Scientific memoirs by medical officers of the Army of India - Part XII,
Year: 1901
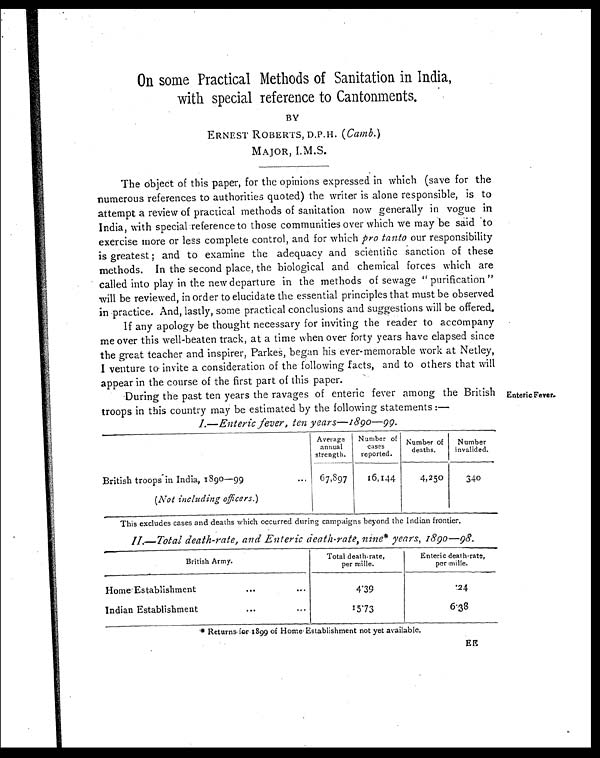
On some Practical Methods of Sanitation in India,
with special reference to Cantonments.
BY
ERNEST ROBERTS, D.P.H. (Carob.)
MAJOR, I.M.S.
The object of this paper, for the opinions expressed in which (save for the
numerous references to authorities quoted) the writer is alone responsible, is to
attempt a review of practical methods of sanitation now generally in vogue in
India, with special reference to those communities over which we may be said to
exercise more or less complete control, and for which pro tanto our responsibility
is greatest ; and to examine the adequacy and scientific sanction of these
methods. In the second place, the biological and chemical forces which are
called into play in the new departure in the methods of sewage " purification "
will be reviewed, in order to elucidate the essential principles that must be observed
in practice. And, lastly, some practical conclusions and suggestions will be offered.
If any apology be thought necessary for inviting the reader to accompany
me over this well-beaten track, at a time when over forty years have elapsed since
the great teacher and inspirer, Parkes, began his ever-memorable work at Netley,
I venture to. invite a consideration of the following facts, and to others that will
appear in the course of the first part of this paper.
Enteric Fever.
During the past ten years the ravages of enteric fever among the British
troops in this country may be estimated by the following statements :—
I.—Enteric fever, ten years-1890-99.
Average
annual
strength.
Number of
cases
reported.
Number of
deaths.
Number
invalided.
British troops in India, 1890-99
...
67,897
16,144
4,250
340
(Not including officers.)
This excludes cases and deaths which occurred during campaigns beyond the Indian frontier.
II.—Total death-rate, and Enteric death—rate, nine* years, 1890-98.
British Army.
Total death rate,
per mille.
Enteric death-rate,
per mille.
Home . Establishment
. . .
. . .
4 . 3 9
24
Indian Establishment
. . .
. . .
15.73
6 . 3 8
* Returns, for 1899 of Home Establishment not yet available.
EE